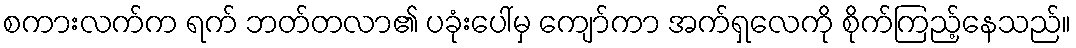
စကားလက်က ရက် ဘတ်တလာ၏ ပခုံးပေါ်မှ ကျော်ကာ အက်ရှလေကို စိုက်ကြည့်နေသည်။